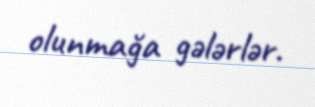
olunmağa gələrlər.